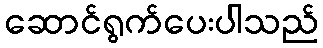
ဆောင်ရွက်ပေးပါသည်